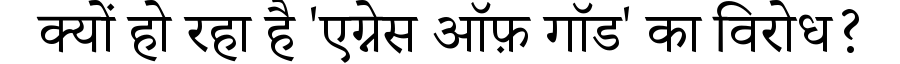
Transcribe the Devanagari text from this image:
क्यों हो रहा है 'एग्नेस ऑफ़ गॉड' का विरोध?